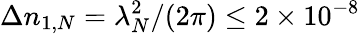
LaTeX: \Delta n_{1,N}=\lambda_{N}^{2}/(2\pi)\leq 2\times 10^{-8}